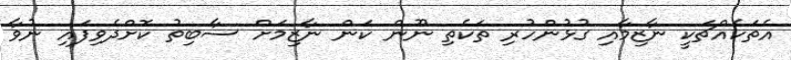
އެތަކެއްޗަކީ ނާޒިމާއި ގުޅުންހުރި ތަކެތި ނޫން ކަން ނާޒިމަށް ސާބިތު ކޮށްދެވިފައި ނުވާ